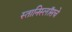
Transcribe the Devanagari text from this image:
स्तानिस्लॉसचे